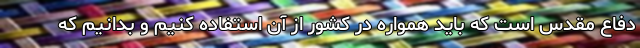
دفاع مقدس است که باید همواره در کشور از آن استفاده کنیم و بدانیم که